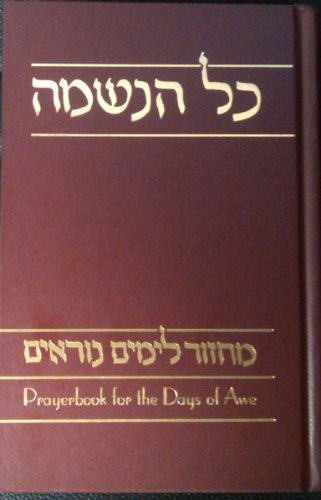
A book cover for Kol Haneshamah: Prayerbook for the Days of Awe (Mahzor LeYamim Nora'im) (Reconstructionist) (English and Hebrew Edition); Religion & Spirituality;